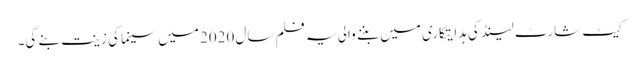
کیٹ شارٹ لینڈ کی ہدایتکاری میں بننے والی یہ فلم سال 2020 میں سینما کی زینت بنے گی۔